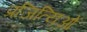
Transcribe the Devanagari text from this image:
प्रजित्यिओं